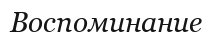
Воспоминание